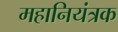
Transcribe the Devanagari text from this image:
महानियंत्रक